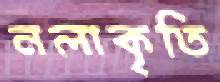
নলাকৃতি